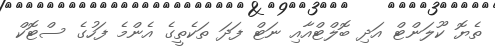
ތެޔޮ ކޫލަންޓް އަދި ބޮލްޓްއާއި ނަޓް ފަދަ ތަކެތީގެ އެންމެ ފަހުގެ ސްޓޮކް